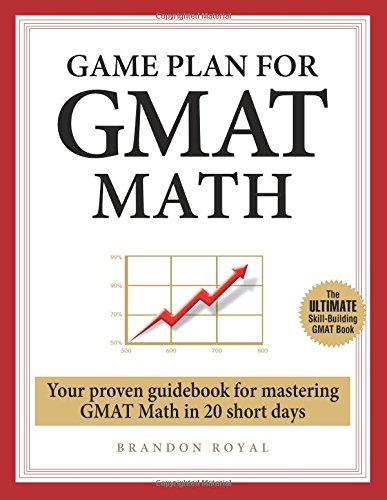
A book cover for Game Plan for GMAT Math: Your Proven Guidebook for Mastering GMAT Math in 20 Short Days; Brandon Royal; Education & Teaching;